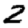
Digit: 2